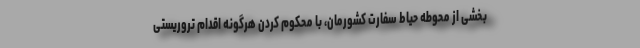
بخشی از محوطه حیاط سفارت کشورمان، با محکوم کردن هرگونه اقدام تروریستی